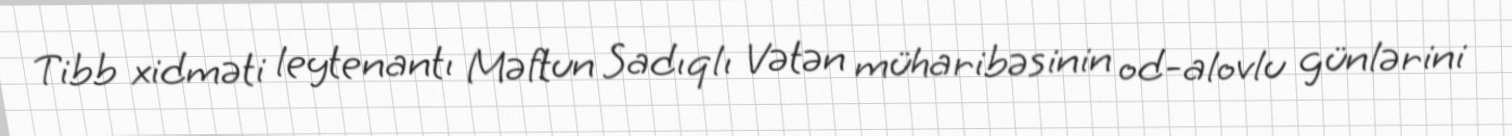
Tibb xidməti leytenantı Məftun Sadıqlı Vətən müharibəsinin od-alovlu günlərini